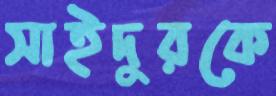
সাইদুরকে